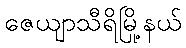
ဇေယျာသီရိမြို့နယ်